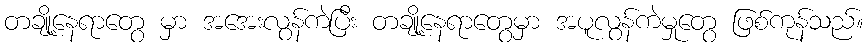
တချို့နေရာတွေ မှာ အအေးလွန်ကဲပြီး တချို့နေရာတွေမှာ အပူလွန်ကဲမှုတွေ ဖြစ်ကုန်သည်။